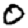
Digit: 0